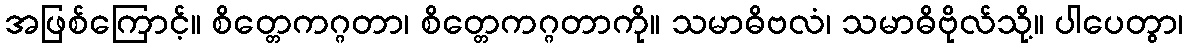
အဖြစ်ကြောင့်။ စိတ္တေကဂ္ဂတာ၊ စိတ္တေကဂ္ဂတာကို။ သမာဓိဗလံ၊ သမာဓိဗိုလ်သို့။ ပါပေတွာ၊